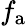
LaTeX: f_{\mathrm{a}}